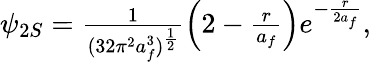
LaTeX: \begin{array}{r}{\psi_{2S}=\frac{1}{(32\pi^{2}a_{f}^{3})^{\frac{1}{2}}}\left(2-\frac{r}{a_{f}}\right)e^{-\frac{r}{2a_{f}}},}\end{array}